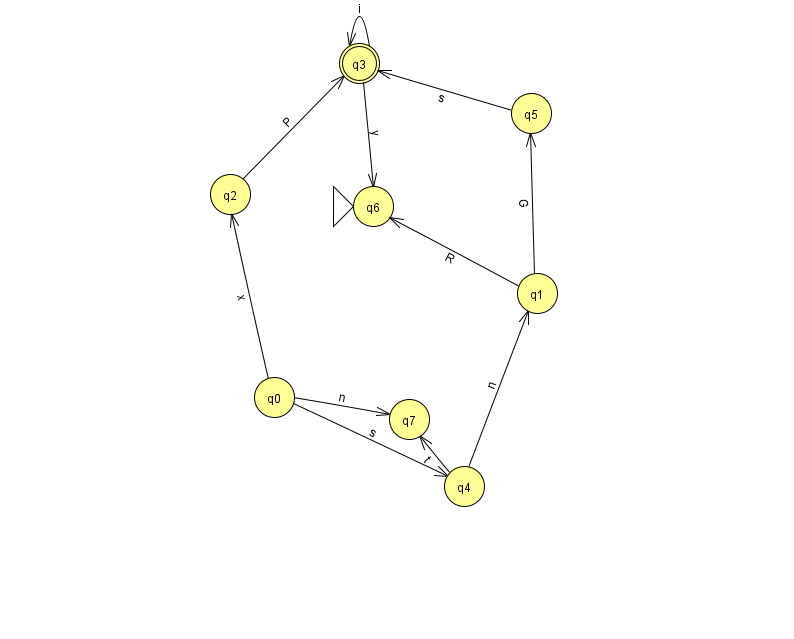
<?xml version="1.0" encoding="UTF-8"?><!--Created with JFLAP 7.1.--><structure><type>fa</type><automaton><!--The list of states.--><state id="0" name="q0"><x>274.0</x><y>384.0</y></state><state id="1" name="q1"><x>537.0</x><y>280.0</y></state><state id="2" name="q2"><x>230.0</x><y>181.0</y></state><state id="3" name="q3"><x>359.0</x><y>50.0</y><final/></state><state id="4" name="q4"><x>464.0</x><y>473.0</y></state><state id="5" name="q5"><x>531.0</x><y>100.0</y></state><state id="6" name="q6"><x>373.0</x><y>193.0</y><initial/></state><state id="7" name="q7"><x>409.0</x><y>406.0</y></state><!--The list of transitions.--><transition><from>4</from><to>1</to><read>n</read></transition><transition><from>2</from><to>3</to><read>P</read></transition><transition><from>5</from><to>3</to><read>s</read></transition><transition><from>0</from><to>2</to><read>x</read></transition><transition><from>1</from><to>6</to><read>R</read></transition><transition><from>3</from><to>3</to><read>i</read></transition><transition><from>1</from><to>5</to><read>G</read></transition><transition><from>4</from><to>7</to><read>t</read></transition><transition><from>0</from><to>7</to><read>n</read></transition><transition><from>0</from><to>4</to><read>s</read></transition><transition><from>3</from><to>6</to><read>y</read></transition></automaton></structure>